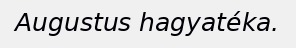
Augustus hagyatéka.